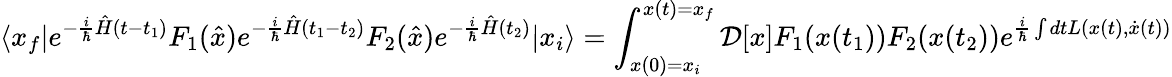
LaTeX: \langle x_{f}|e^{-{\frac{i}{\hbar}}{\hat{H}}(t-t_{1})}F_{1}({\hat{x}})e^{-{\frac{i}{\hbar}}{\hat{H}}(t_{1}-t_{2})}F_{2}({\hat{x}})e^{-{\frac{i}{\hbar}}{\hat{H}}(t_{2})}|x_{i}\rangle=\int_{x(0)=x_{i}}^{x(t)=x_{f}}{\mathcal{D}}[x]F_{1}(x(t_{1}))F_{2}(x(t_{2}))e^{{\frac{i}{\hbar}}\int dtL(x(t),{\dot{x}}(t))}